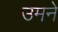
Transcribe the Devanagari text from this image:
उमने